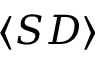
\langle S D \rangle